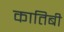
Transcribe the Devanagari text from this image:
कातिबी